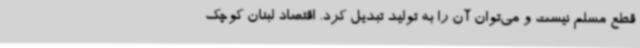
قطع مسلم نیست و می‌توان آن را به تولید تبدیل کرد. اقتصاد لبنان کوچک